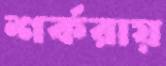
শর্করায়